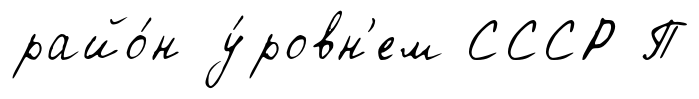
райо́н у́ровн'ем СССР П